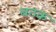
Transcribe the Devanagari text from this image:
बठक